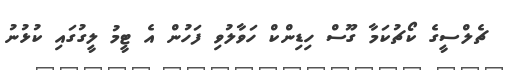
ޗެލްސީގެ ކޯޗުކަމާ ގޫސް ހިޑިންކް ހަވާލުވި ފަހުން އެ ޓީމު ލީގުގައި ކުޅުނު